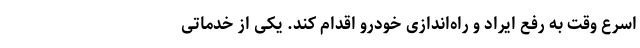
اسرع وقت به رفع ایراد و راه‌اندازی خودرو اقدام کند. یکی از خدماتی